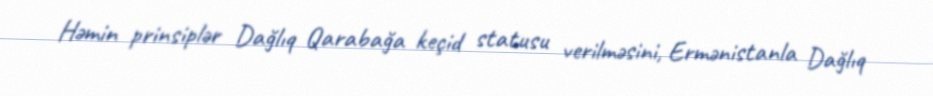
Həmin prinsiplər Dağlıq Qarabağa keçid statusu verilməsini, Ermənistanla Dağlıq